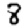
Digit: 8